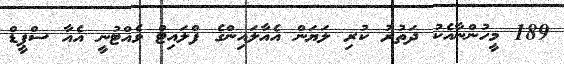
189 މީހުންނާއެކު ދަތުރު ކުރި ލަޔަން އެއާލައިންގެ ފްލައިޓް ވެއްޓުނީ އެއާ ސްޕީޑް